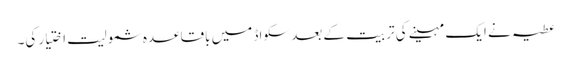
عطیہ نے ایک مہینے کی تربیت کے بعد سکواڈ میں باقاعدہ شمولیت اختیار کی۔